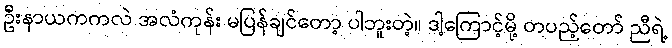
ဦးနာယကကလဲ အလံကုန်း မပြန်ချင်တော့ ပါဘူးတဲ့။ ဒါ့ကြောင့်မို့ တပည့်တော် ညီရဲ့